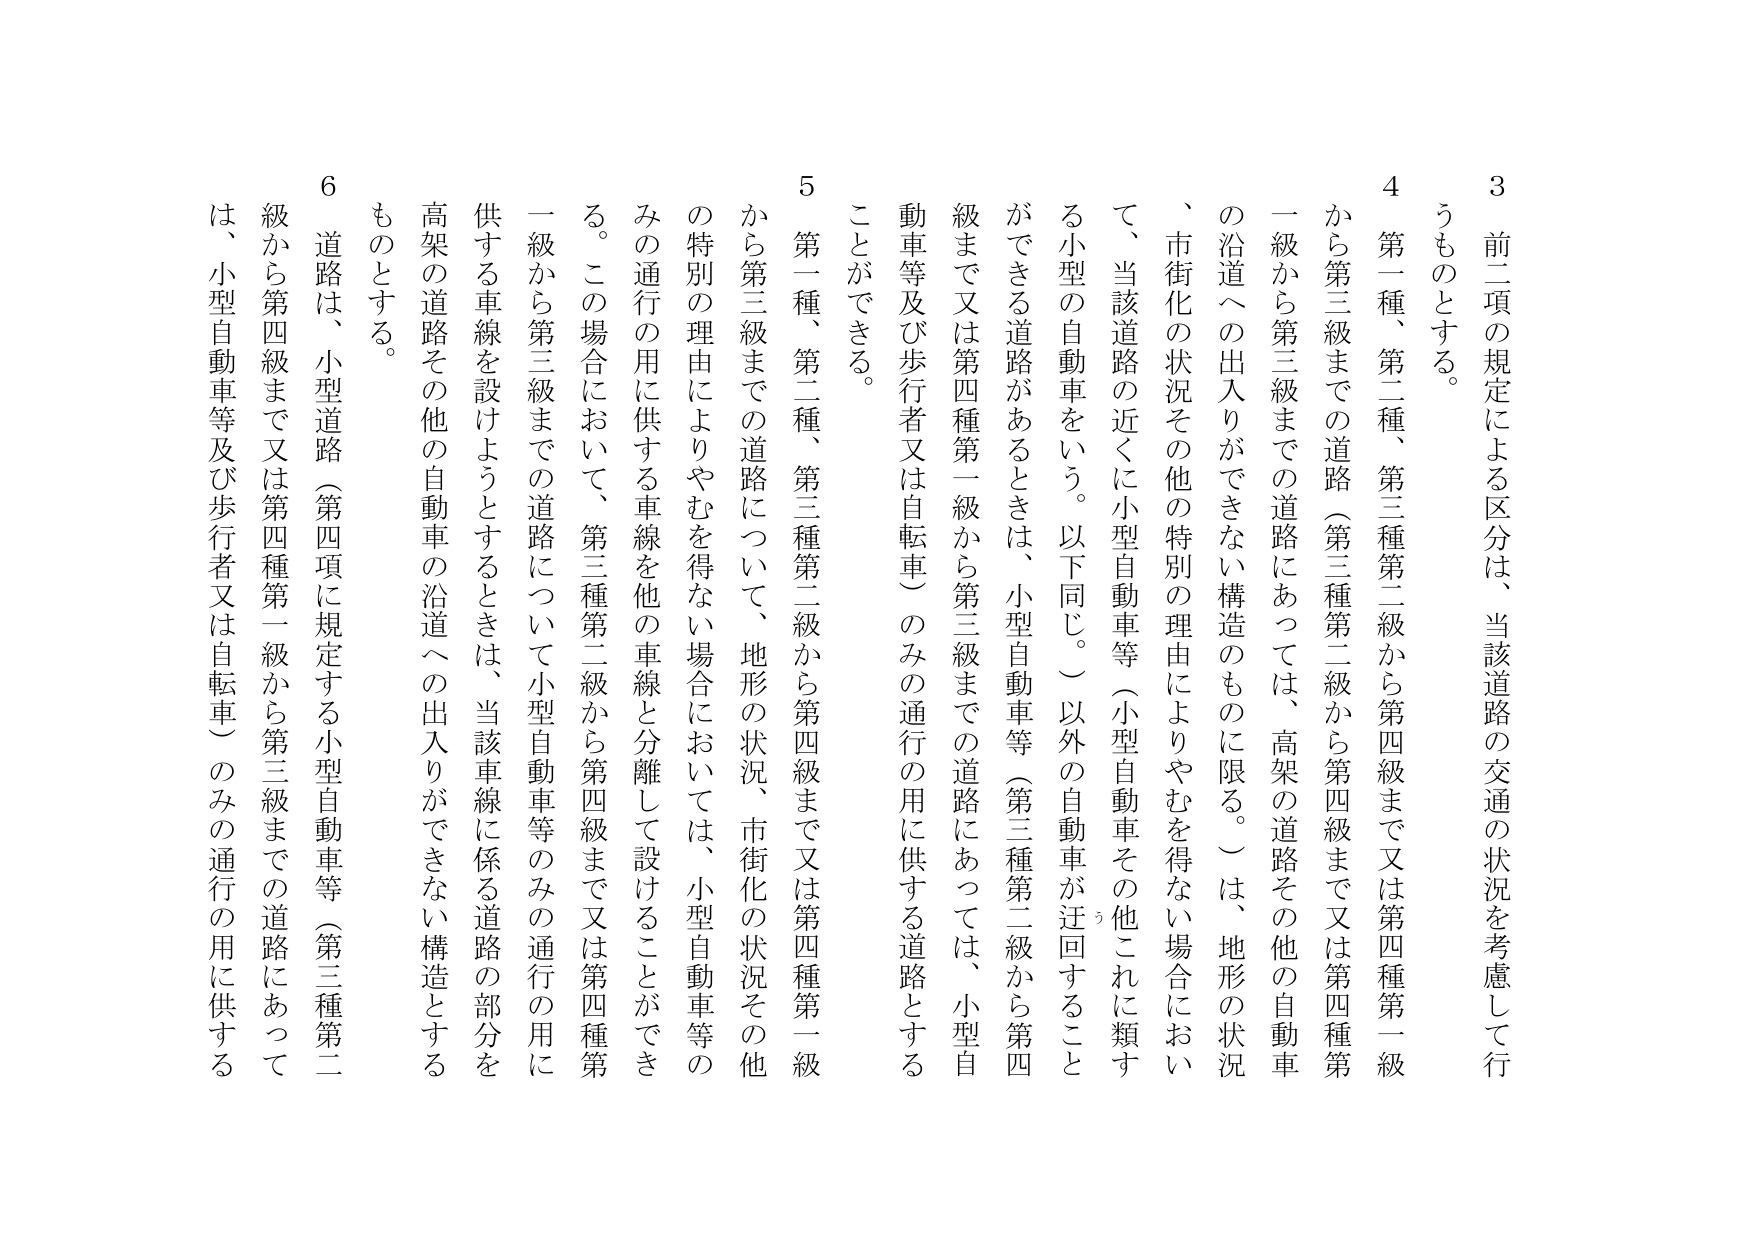
3 前二項の規定による区分は、当該道路の交通の状況を考慮して行うものとする。

4 第一種、第二種、第三種第二級から第四級まで又は第四種第一級から第三級までの道路（第三種第二級から第四級まで又は第四種第一級から第三級までの道路にあっては、高架の道路その他の自動車の沿道への出入りができない構造のものに限る。）は、地形の状況、市街化の状況その他の特別の理由によりやむを得ない場合において、当該道路の近くに小型自動車等（小型自動車その他これに類する小型の自動車をいう。以下同じ。）以外の自動車が迂回することができる道路があるときは、小型自動車等（第三種第二級から第四級まで又は第四種第一級から第三級までの道路にあっては、小型自動車等及び歩行者又は自転車）のみの通行の用に供する道路とすることができる。

5 第一種、第二種、第三種第二級から第四級まで又は第四種第一級から第三級までの道路について、地形の状況、市街化の状況その他 の特別の理由によりやむを得ない場合においては、小型自動車等の みの通行の用に供する車線を他の車線と分離して設けることができる。この場合において、第三種第二級から第四級まで又は第四種第一級から第三級までの道路について小型自動車等のみの通行の用に供する車線を設けようとするときは、当該車線に係る道路の部分を高架の道路その他の自動車の沿道への出入りができない構造とするものとする。

6 道路は、小型道路（第四項に規定する小型自動車等（第三種第二級から第四級まで又は第四種第一級から第三級までの道路にあっては、小型自動車等及び歩行者又は自転車）のみの通行の用に供する